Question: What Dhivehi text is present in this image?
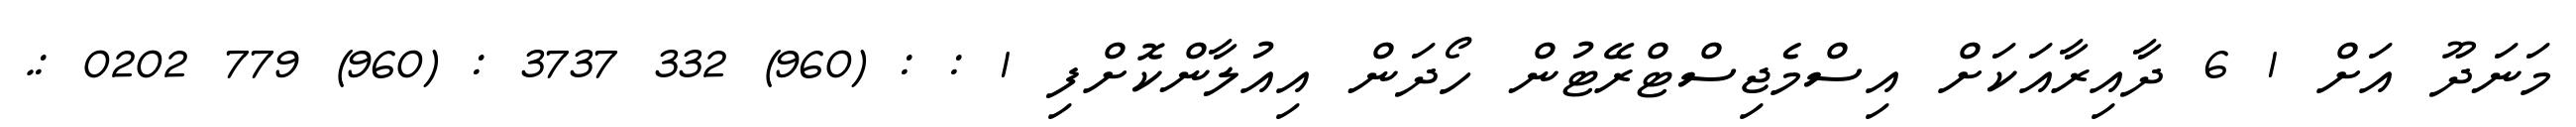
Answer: މަނަދޫ އަށް 1 6 ދާއިރާއަކަށް އިސްމެޖިސްޓްރޭޓުން ހޯދަން އިއުލާންކޮށްފި 1 : : (960) 332 3737 : (960) 779 0202 :.